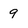
Character: 9